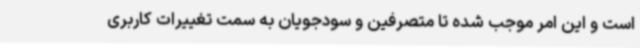
است و این امر موجب شده تا متصرفین و سودجویان به سمت تغییرات کاربری